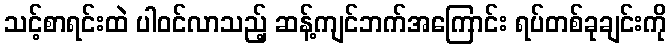
သင့်စာရင်းထဲ ပါဝင်လာသည့် ဆန့်ကျင်ဘက်အကြောင်း ရပ်တစ်ခုချင်းကို